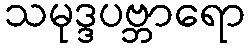
သမုဒ္ဒပဗ္ဘာရော